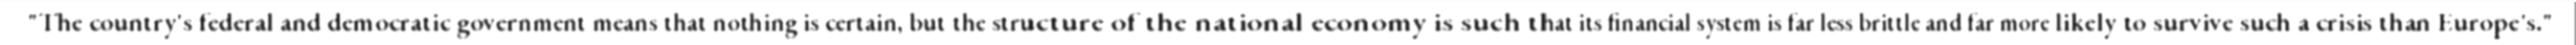
"The country's federal and democratic government means that nothing is certain, but the structure of the national economy is such that its financial system is far less brittle and far more likely to survive such a crisis than Europe's."